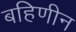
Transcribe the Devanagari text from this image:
बहिणीन